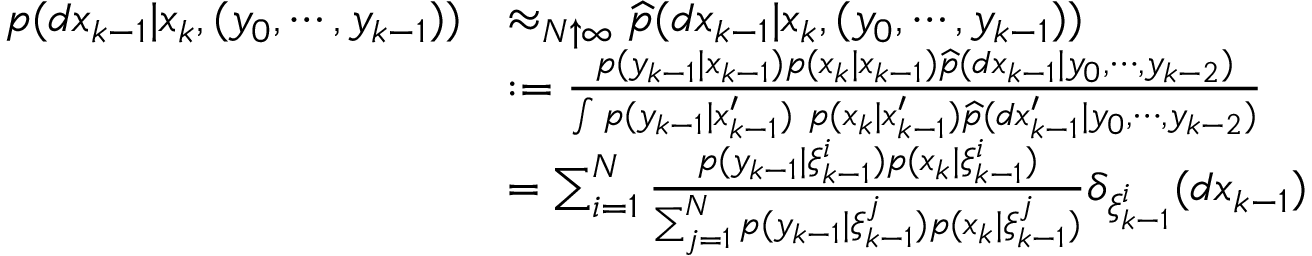
{ \begin{array} { r l } { p ( d x _ { k - 1 } | x _ { k } , ( y _ { 0 } , \cdots , y _ { k - 1 } ) ) } & { \approx _ { N \uparrow \infty } { \widehat { p } } ( d x _ { k - 1 } | x _ { k } , ( y _ { 0 } , \cdots , y _ { k - 1 } ) ) } \\ & { : = { \frac { p ( y _ { k - 1 } | x _ { k - 1 } ) p ( x _ { k } | x _ { k - 1 } ) { \widehat { p } } ( d x _ { k - 1 } | y _ { 0 } , \cdots , y _ { k - 2 } ) } { \int p ( y _ { k - 1 } | x _ { k - 1 } ^ { \prime } ) ~ p ( x _ { k } | x _ { k - 1 } ^ { \prime } ) { \widehat { p } } ( d x _ { k - 1 } ^ { \prime } | y _ { 0 } , \cdots , y _ { k - 2 } ) } } } \\ & { = \sum _ { i = 1 } ^ { N } { \frac { p ( y _ { k - 1 } | \xi _ { k - 1 } ^ { i } ) p ( x _ { k } | \xi _ { k - 1 } ^ { i } ) } { \sum _ { j = 1 } ^ { N } p ( y _ { k - 1 } | \xi _ { k - 1 } ^ { j } ) p ( x _ { k } | \xi _ { k - 1 } ^ { j } ) } } \delta _ { \xi _ { k - 1 } ^ { i } } ( d x _ { k - 1 } ) } \end{array} }